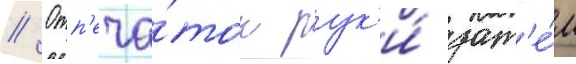
// Отп'еча́ток рук'и́ зат'е́м